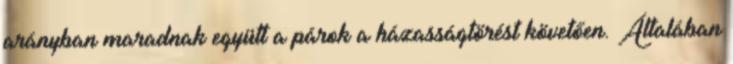
arányban maradnak együtt a párok a házasságtörést követően. Általában